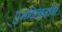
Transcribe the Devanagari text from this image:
गुअदिल्क़ुइविर